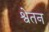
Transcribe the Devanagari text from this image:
श्वेतन